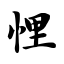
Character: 悝